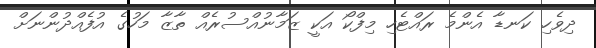
ދިވެހި ކަނޑާ އެންމެ ރައްޓެހި މިފްކޯ އަކީ ޒަމާނުއްސުރެއް ތާޒާ މަހުގެ އުފެއްދުންނަށް